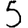
Digit: 5